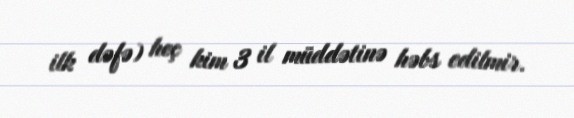
ilk dəfə) heç kim 3 il müddətinə həbs edilmir.